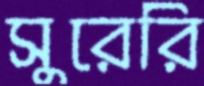
সুরেরি